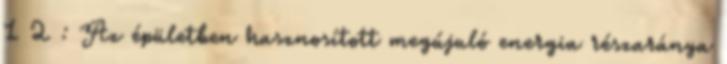
1 2 : Az épületben hasznosított megújuló energia részaránya